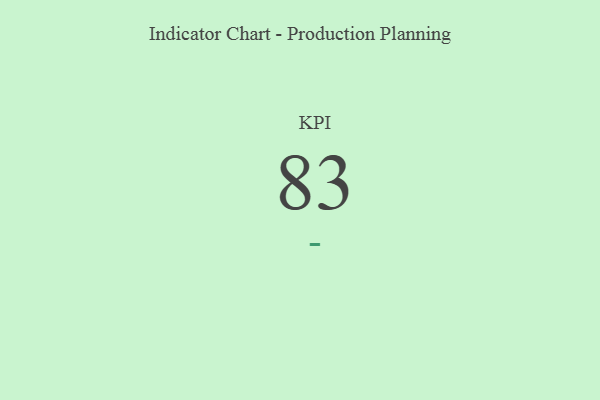
{"axis": {"x": "KPI", "y": "Value"}, "legend": [""], "data": [{"x": "KPI", "y": 83, "type": ""}]}